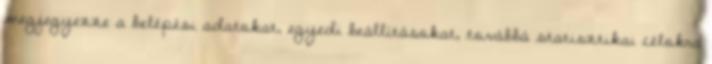
megjegyezze a belépési adatokat, egyedi beállításokat, továbbá statisztikai célokra